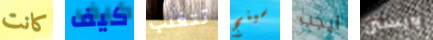
كانت كيف تتغلب سينج ايجب ويستن